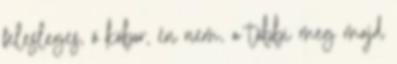
felesleges, ő kóbor, én nem, a többi meg majd